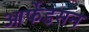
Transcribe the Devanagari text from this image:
आर्फेडसन